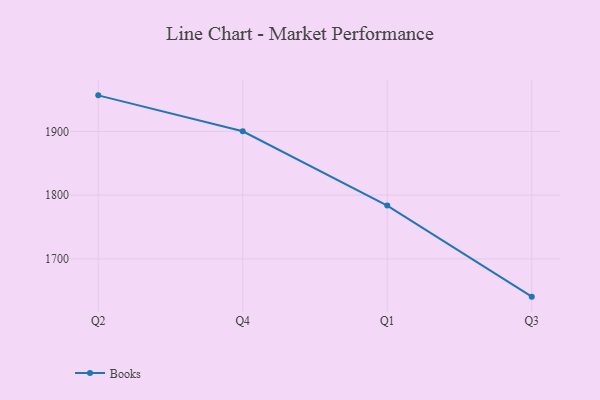
{"axis": {"x": "Quarter", "y": "Production Output"}, "legend": ["Books"], "data": [{"x": "Q2", "y": 1956.5, "type": "Books"}, {"x": "Q4", "y": 1900.2, "type": "Books"}, {"x": "Q1", "y": 1783.6, "type": "Books"}, {"x": "Q3", "y": 1640.8, "type": "Books"}]}